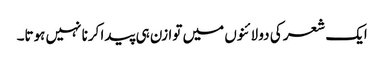
ایک شعر کی دو لائنوں میں توازن ہی پیدا کرنا نہیں ہوتا۔